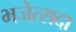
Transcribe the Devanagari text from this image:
भजेत्सदा